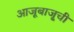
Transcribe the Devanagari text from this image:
आजूबाजू्ची